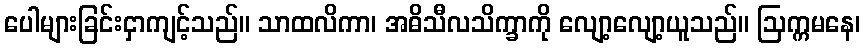
ပေါများခြင်းငှာကျင့်သည်။ သာထလိကာ၊ အဓိသီလသိက္ခာကို လျော့လျော့ယူသည်။ ဩက္ကမနေ၊